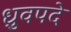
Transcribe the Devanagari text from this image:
ध्रुवपदे